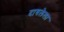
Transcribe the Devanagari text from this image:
दाबलेला